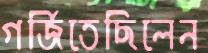
গর্জিতেছিলেন